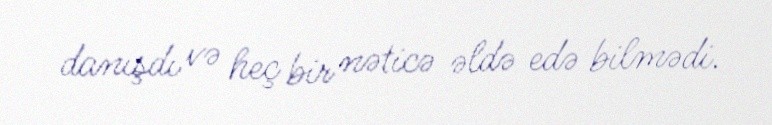
danışdı və heç bir nəticə əldə edə bilmədi.